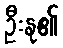
ဦးနု၏